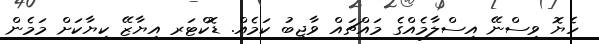
ހެޔޮ ވިސްނޭ އިސްލާމެއްގެ މައްޗައް ވާޖިބު ކަމެއް. ޑޮކްޓަރ އިޔާޒޭ ކިޔާކަށް މަމެން